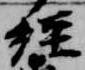
経